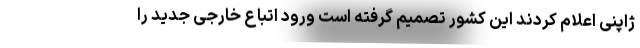
ژاپنی اعلام کردند این کشور تصمیم گرفته است ورود اتباع خارجی جدید را